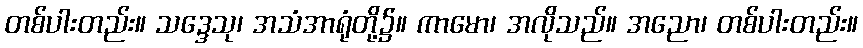
တစ်ပါးတည်း။ သဒ္ဒေသု၊ အသံအာရုံတို့၌။ ကာမော၊ အလိုသည်။ အညော၊ တစ်ပါးတည်း။